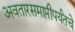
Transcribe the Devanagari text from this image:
अवतारसमाप्तीपर्यंतचे